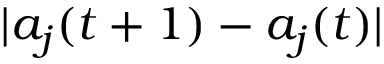
| a _ { j } ( t + 1 ) - a _ { j } ( t ) |